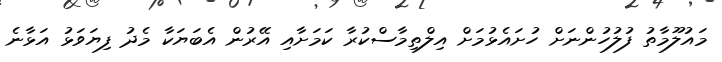
މައުލޫމާތު ފުލުހުންނަށް ހުށައެޅުމަށް އިލްތިމާސްކުރާ ކަމަށާއި އޭރުން އެބަޔަކާ މެދު ފިޔަވަޅު އަޅާނެ